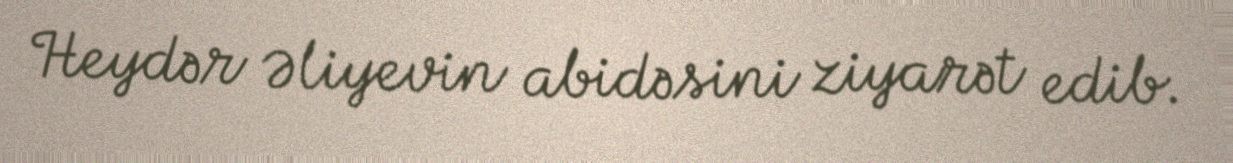
Heydər Əliyevin abidəsini ziyarət edib.